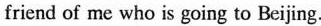
friend of me who is going to Beijing.